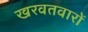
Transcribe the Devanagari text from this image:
खरवतवारों